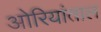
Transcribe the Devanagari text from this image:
ओरियांताल